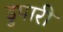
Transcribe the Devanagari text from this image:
डुपारी